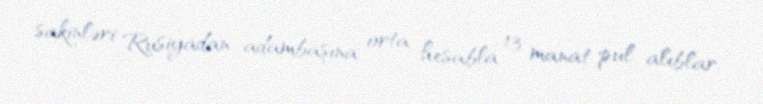
sakinləri Rusiyadan adambaşına orta hesabla 13 manat pul alıblar.